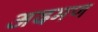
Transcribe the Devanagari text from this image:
अदमण